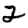
Digit: 2